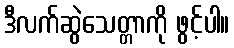
ဒီလက်ဆွဲသေတ္တာကို ဖွင့်ပါ။